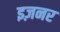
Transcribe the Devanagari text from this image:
इज़नर